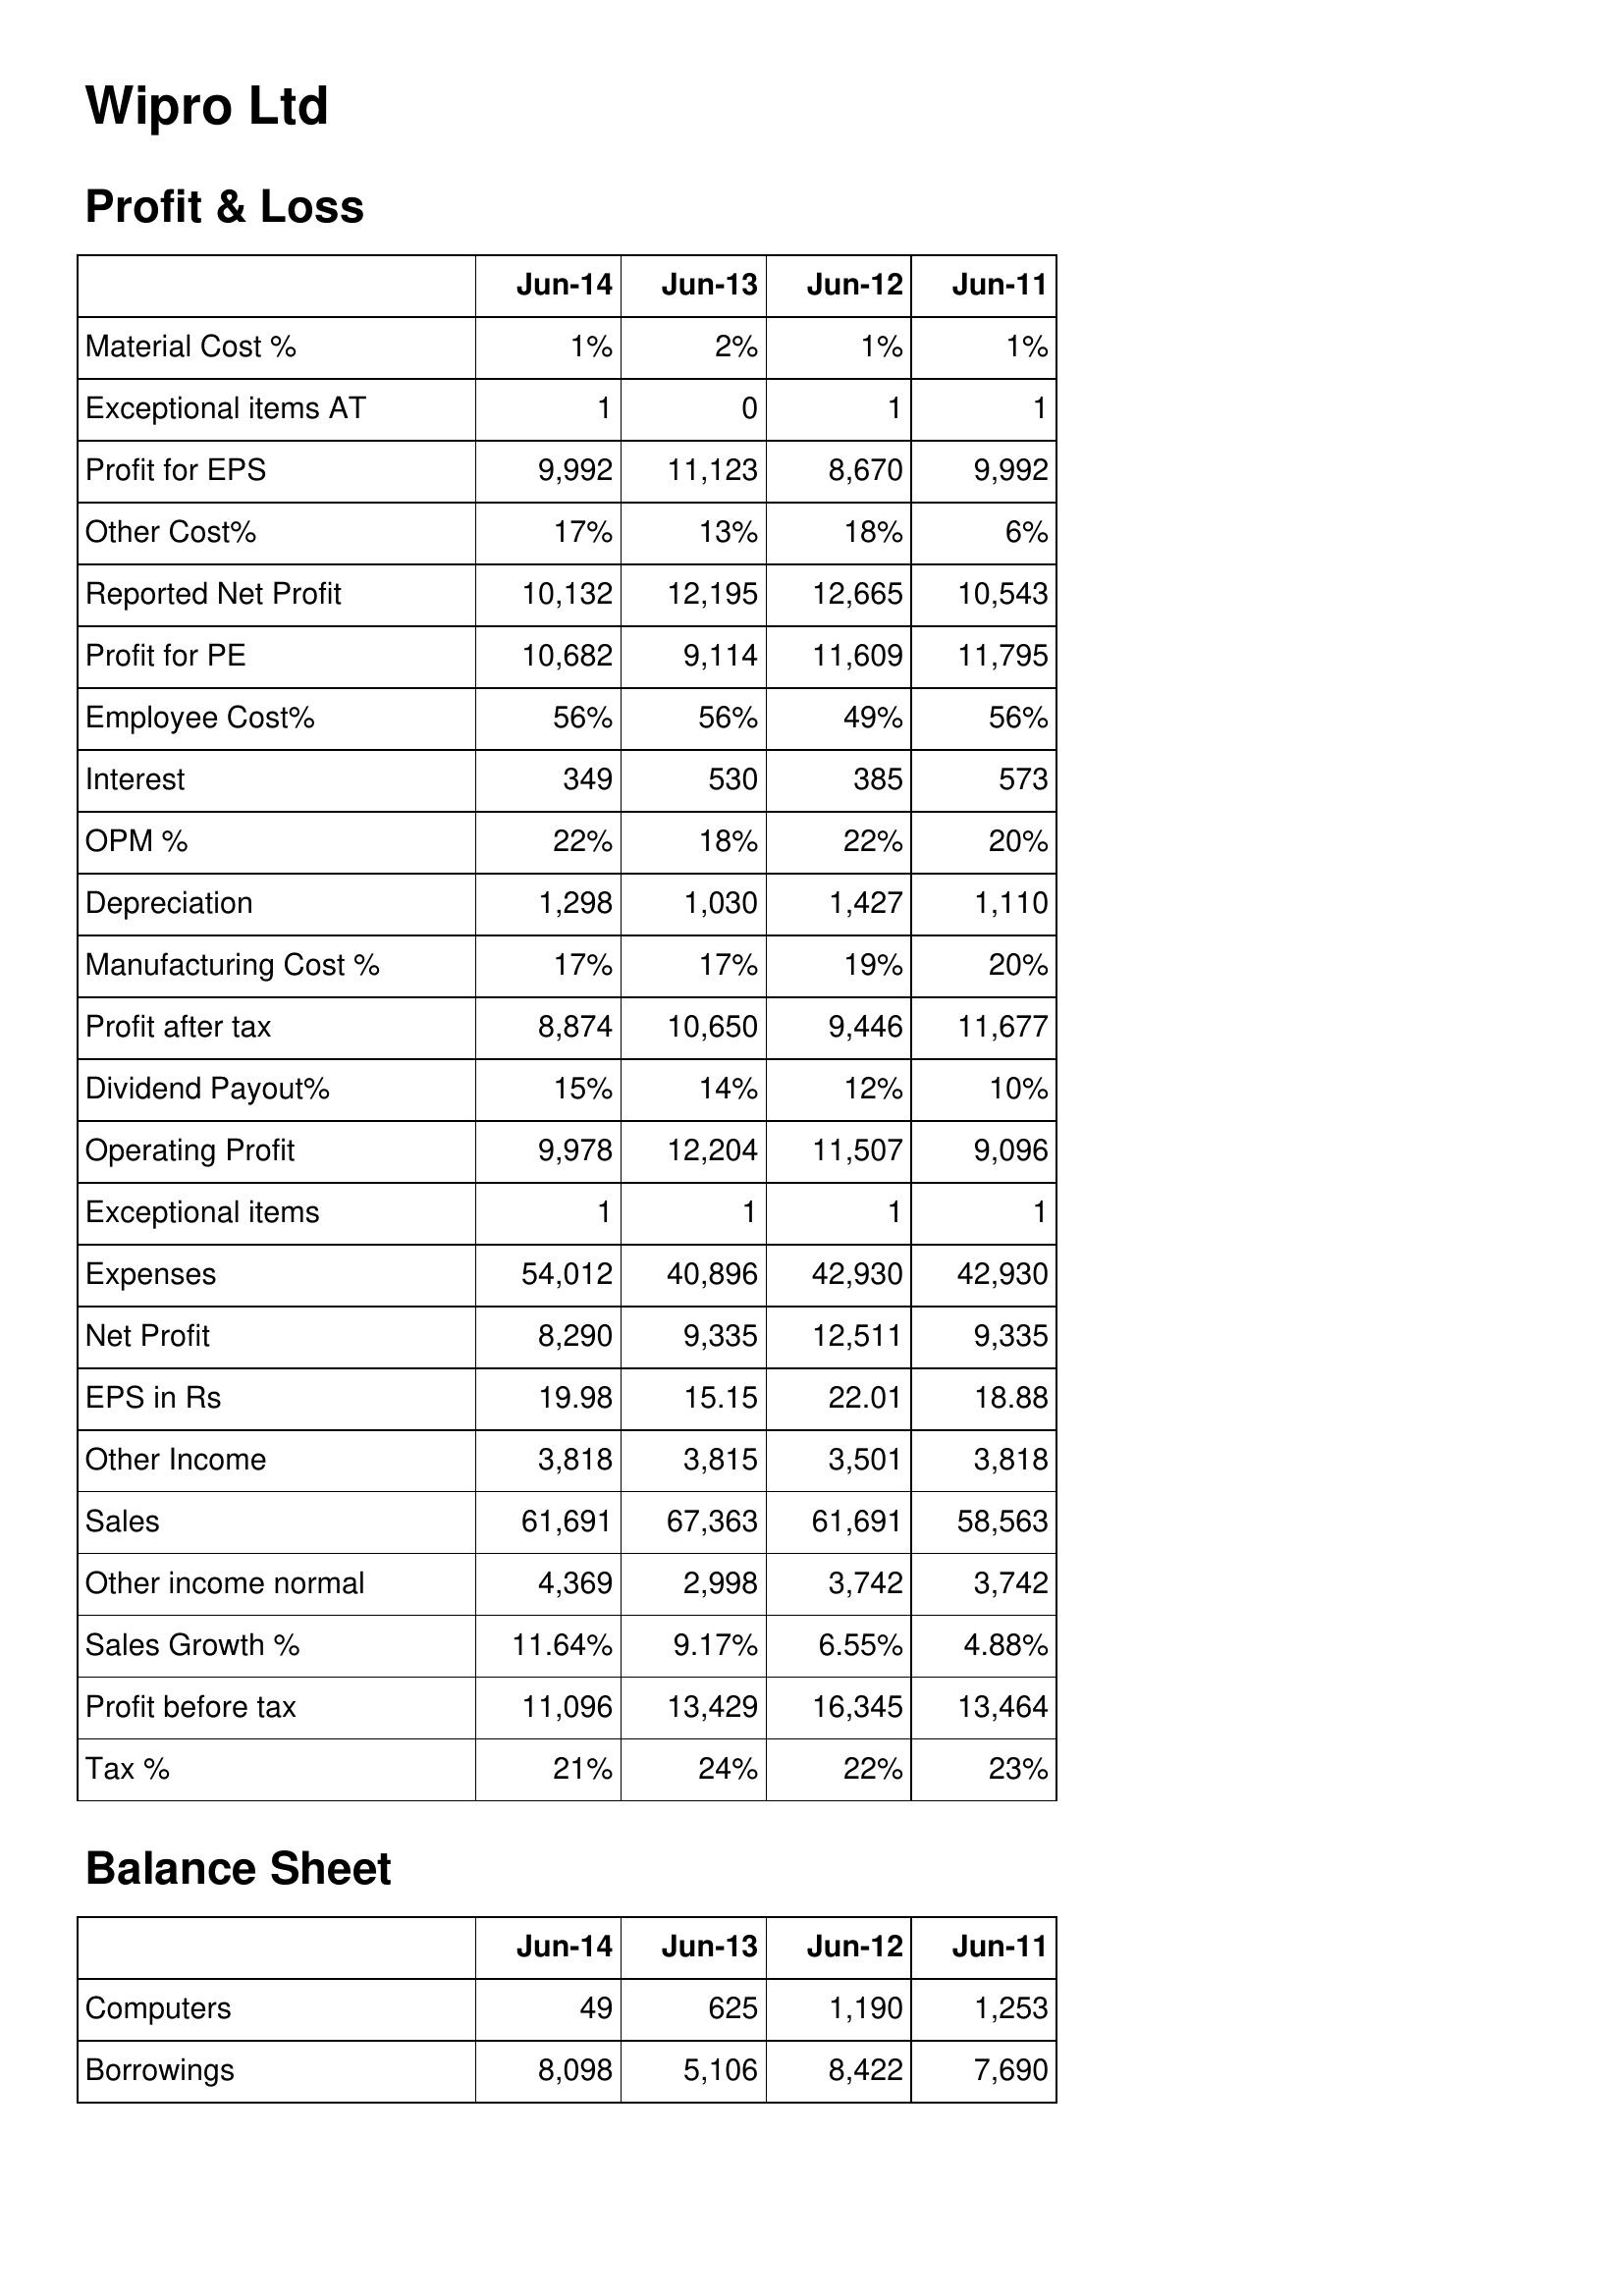
Jun-14: Profit & Loss: Material Cost %: 1%
Exceptional items AT: 1
Profit for EPS: 9,992
Other Cost%: 17%
Reported Net Profit: 10,132
Profit for PE: 10,682
Employee Cost%: 56%
Interest: 349
OPM %: 22%
Depreciation: 1,298
Manufacturing Cost %: 17%
Profit after tax: 8,874
Dividend Payout%: 15%
Operating Profit: 9,978
Exceptional items: 1
Expenses: 54,012
Net Profit: 8,290
EPS in Rs: 19.98
Other Income: 3,818
Sales: 61,691
Other income normal: 4,369
Sales Growth %: 11.64%
Profit before tax: 11,096
Tax %: 21%
Balance Sheet: Computers: 49
Borrowings: 8,098
Jun-13: Profit & Loss: Material Cost %: 2%
Exceptional items AT: 0
Profit for EPS: 11,123
Other Cost%: 13%
Reported Net Profit: 12,195
Profit for PE: 9,114
Employee Cost%: 56%
Interest: 530
OPM %: 18%
Depreciation: 1,030
Manufacturing Cost %: 17%
Profit after tax: 10,650
Dividend Payout%: 14%
Operating Profit: 12,204
Exceptional items: 1
Expenses: 40,896
Net Profit: 9,335
EPS in Rs: 15.15
Other Income: 3,815
Sales: 67,363
Other income normal: 2,998
Sales Growth %: 9.17%
Profit before tax: 13,429
Tax %: 24%
Balance Sheet: Computers: 625
Borrowings: 5,106
Jun-12: Profit & Loss: Material Cost %: 1%
Exceptional items AT: 1
Profit for EPS: 8,670
Other Cost%: 18%
Reported Net Profit: 12,665
Profit for PE: 11,609
Employee Cost%: 49%
Interest: 385
OPM %: 22%
Depreciation: 1,427
Manufacturing Cost %: 19%
Profit after tax: 9,446
Dividend Payout%: 12%
Operating Profit: 11,507
Exceptional items: 1
Expenses: 42,930
Net Profit: 12,511
EPS in Rs: 22.01
Other Income: 3,501
Sales: 61,691
Other income normal: 3,742
Sales Growth %: 6.55%
Profit before tax: 16,345
Tax %: 22%
Balance Sheet: Computers: 1,190
Borrowings: 8,422
Jun-11: Profit & Loss: Material Cost %: 1%
Exceptional items AT: 1
Profit for EPS: 9,992
Other Cost%: 6%
Reported Net Profit: 10,543
Profit for PE: 11,795
Employee Cost%: 56%
Interest: 573
OPM %: 20%
Depreciation: 1,110
Manufacturing Cost %: 20%
Profit after tax: 11,677
Dividend Payout%: 10%
Operating Profit: 9,096
Exceptional items: 1
Expenses: 42,930
Net Profit: 9,335
EPS in Rs: 18.88
Other Income: 3,818
Sales: 58,563
Other income normal: 3,742
Sales Growth %: 4.88%
Profit before tax: 13,464
Tax %: 23%
Balance Sheet: Computers: 1,253
Borrowings: 7,690